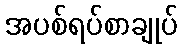
အပစ်ရပ်စာချုပ်